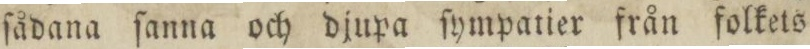
ſådana ſanna och djupa ſympatier från folkets